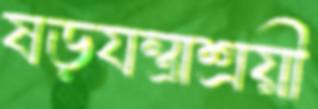
ষড়যন্ত্রাশ্রয়ী